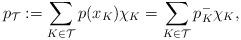
LaTeX: \begin{align*} p_{\mathcal{T}} &:= \sum_{K \in \mathcal{T}} p(x_K)\chi_K = \sum_{K \in \mathcal{T}} p^-_K \chi_K,\end{align*}